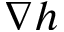
\nabla h